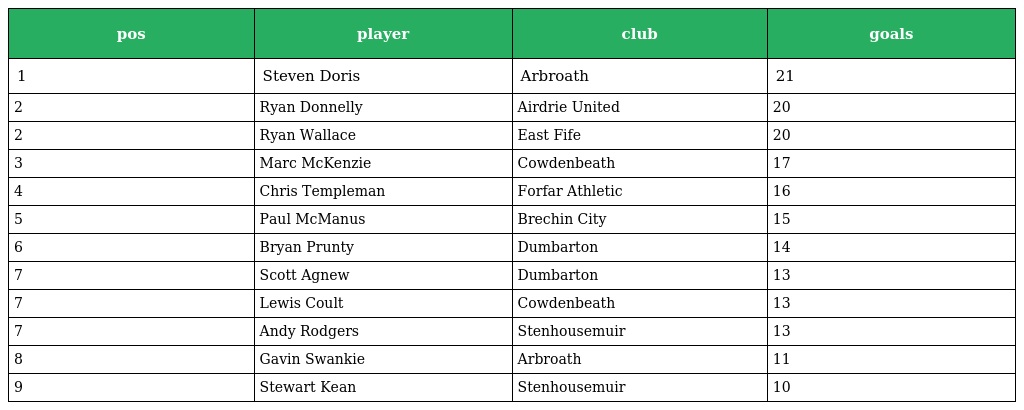
| pos | player | club | goals |
 | --- | --- | --- | --- |
 | 1 | Steven Doris | Arbroath | 21 |
 | 2 | Ryan Donnelly | Airdrie United | 20 |
 | 2 | Ryan Wallace | East Fife | 20 |
 | 3 | Marc McKenzie | Cowdenbeath | 17 |
 | 4 | Chris Templeman | Forfar Athletic | 16 |
 | 5 | Paul McManus | Brechin City | 15 |
 | 6 | Bryan Prunty | Dumbarton | 14 |
 | 7 | Scott Agnew | Dumbarton | 13 |
 | 7 | Lewis Coult | Cowdenbeath | 13 |
 | 7 | Andy Rodgers | Stenhousemuir | 13 |
 | 8 | Gavin Swankie | Arbroath | 11 |
 | 9 | Stewart Kean | Stenhousemuir | 10 |